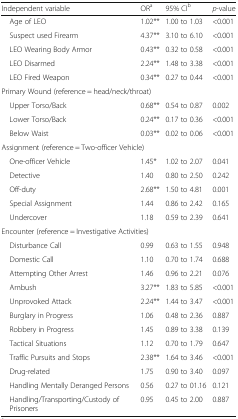
| Independent variable | ORa | 95% CIb | p-value |
 | --- | --- | --- | --- |
 | Age of LEO | 1.02** | 1.00 to 1.03 | <0.001 |
 | Suspect used Firearm | 4.37** | 3.10 to 6.10 | <0.001 |
 | LEO Wearing Body Armor | 0.43** | 0.32 to 0.58 | <0.001 |
 | LEO Disarmed | 2.24** | 1.48 to 3.38 | <0.001 |
 | LEO Fired Weapon | 0.34** | 0.27 to 0.44 | <0.001 |
 | <COLSPAN=4> Primary Wound (reference = head/neck/throat) |
 | Upper Torso/Back | 0.68** | 0.54 to 0.87 | 0.002 |
 | Lower Torso/Back | 0.24** | 0.17 to 0.36 | <0.001 |
 | Below Waist | 0.03** | 0.02 to 0.06 | <0.001 |
 | <COLSPAN=4> Assignment (reference = Two-officer Vehicle) |
 | One-officer Vehicle | 1.45* | 1.02 to 2.07 | 0.041 |
 | Detective | 1.40 | 0.80 to 2.50 | 0.242 |
 | Off-duty | 2.68** | 1.50 to 4.81 | 0.001 |
 | Special Assignment | 1.44 | 0.86 to 2.42 | 0.165 |
 | Undercover | 1.18 | 0.59 to 2.39 | 0.641 |
 | <COLSPAN=4> Encounter (reference = Investigative Activities) |
 | Disturbance Call | 0.99 | 0.63 to 1.55 | 0.948 |
 | Domestic Call | 1.10 | 0.70 to 1.74 | 0.688 |
 | Attempting Other Arrest | 1.46 | 0.96 to 2.21 | 0.076 |
 | Ambush | 3.27** | 1.83 to 5.85 | <0.001 |
 | Unprovoked Attack | 2.24** | 1.44 to 3.47 | <0.001 |
 | Burglary in Progress | 1.06 | 0.48 to 2.36 | 0.887 |
 | Robbery in Progress | 1.45 | 0.89 to 3.38 | 0.139 |
 | Tactical Situations | 1.12 | 0.70 to 1.79 | 0.647 |
 | Traffic Pursuits and Stops | 2.38** | 1.64 to 3.46 | <0.001 |
 | Drug-related | 1.75 | 0.90 to 3.40 | 0.097 |
 | Handling Mentally Deranged Persons | 0.56 | 0.27 to 01.16 | 0.121 |
 | Handling/Transporting/Custody of Prisoners | 0.95 | 0.45 to 2.00 | 0.887 |